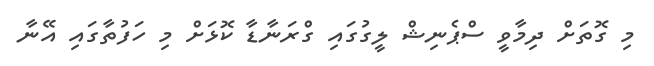
މި ގޮތަށް ދިމާވީ ސްޕެނިޝް ލީގުގައި ގްރަނާޑާ ކޮޅަށް މި ހަފުތާގައި އޭނާ